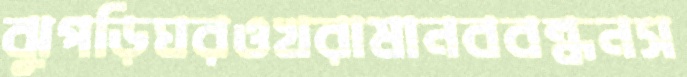
ঝুপড়িঘরওখরামানববন্ধনস